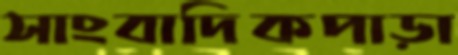
সাংবাদিকপাড়া